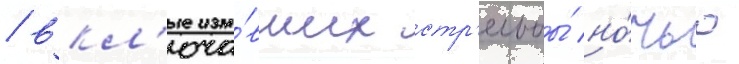
/ вкл'юча́вших стр'ельбы́ но́чью